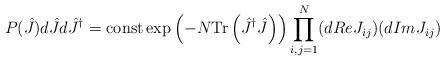
LaTeX: \begin{align*}P(\hat{J})d\hat{J}d\hat{J}^{\dag}=\mbox{const}\exp\left(-N\mbox{Tr}\left(\hat{J}^{\dag}\hat{J}\right)\right)\prod\limits_{i,j=1}^{N}(dReJ_{ij})(dImJ_{ij})\end{align*}